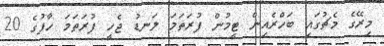
މިރޭގެ މެޗުގައި ބަހްރެއިން ޓީމުން ފުރަތަމަ ލަނޑު ޖެހީ ފުރަތަމަ ހާފުގެ 20